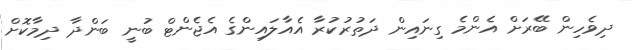
ދިވެހިން ބޭރަށް އެންމެ ގިނައިން ދަތުރުކުރާ އެއާލައިންގެ އެޖެންޓް ބުނީ ބަންދާ ދިމާކޮށް